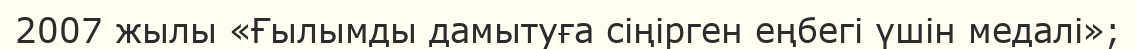
2007 жылы «Ғылымды дамытуға сіңірген еңбегі үшін медалі»;